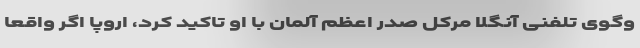
وگوی تلفنی آنگلا مرکل صدر اعظم آلمان با او تاکید کرد، اروپا اگر واقعا